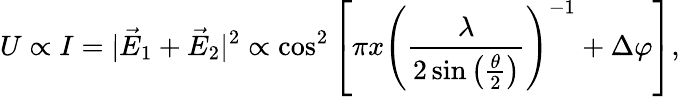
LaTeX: U\propto I=|\vec{E}_{1}+\vec{E}_{2}|^{2}\propto\cos^{2}\left[\pi x\left(\frac{\lambda}{2\sin\left(\frac{\theta}{2}\right)}\right)^{-1}+\Delta\varphi\right],